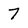
Character: 7